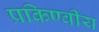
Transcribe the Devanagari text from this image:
प्रकिण्वीय